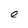
Character: e